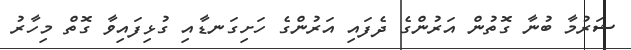
ޝަރުމާ ބުނާ ގޮތުން އަރުންގެ ދެފައި އަރުންގެ ހަށިގަނޑާއި ގުޅިފައިވާ ގޮތް މިހާރު